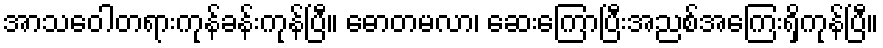
အာသဝေါတရားကုန်ခန်းကုန်ပြီ။ ဓောတမလာ၊ ဆေးကြောပြီးအညစ်အကြေးရှိကုန်ပြီ။